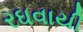
રઘવાયી